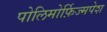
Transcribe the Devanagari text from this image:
पोलिमोर्फ़िज्मपेश